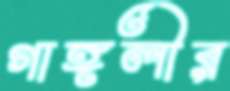
গাঙ্গলীর